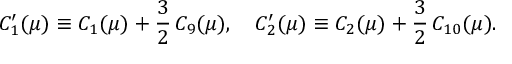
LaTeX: C _ { 1 } ^ { \prime } ( \mu ) \equiv C _ { 1 } ( \mu ) + \frac { 3 } { 2 } \, C _ { 9 } ( \mu ) , \quad C _ { 2 } ^ { \prime } ( \mu ) \equiv C _ { 2 } ( \mu ) + \frac { 3 } { 2 } \, C _ { 1 0 } ( \mu ) .